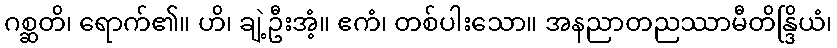
ဂစ္ဆတိ၊ ရောက်၏။ ဟိ၊ ချဲ့ဦးအံ့။ ဧကံ၊ တစ်ပါးသော။ အနညာတညဿာမီတိန္ဒြိယံ၊